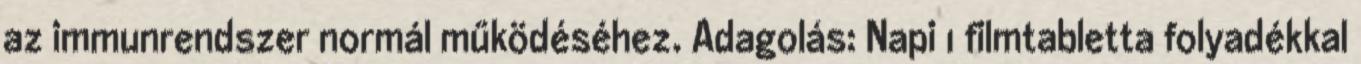
az immunrendszer normál működéséhez. Adagolás: Napi 1 filmtabletta folyadékkal